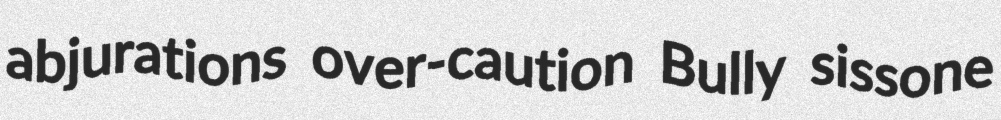
abjurations over-caution Bully sissone